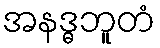
အနဒ္ဓဘူတံ